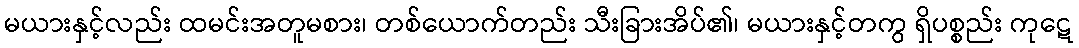
မယားနှင့်လည်း ထမင်းအတူမစား၊ တစ်ယောက်တည်း သီးခြားအိပ်၏၊ မယားနှင့်တကွ ရှိပစ္စည်း ကုဋေ